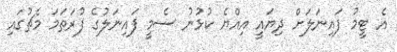
އެ ޓީމު ފައިނަލަށް ދިޔައީ އިއްޔެ ކުޅުނު ސެމީ ފައިނަލުގެ ފުރަތަމަ މެޗުގައި